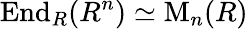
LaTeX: \operatorname{End}_{R}(R^{n})\simeq\operatorname{M}_{n}(R)